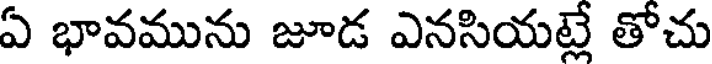
ఏ భావమును జూడ ఎనసియట్లే తోచు